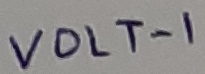
Text: VOLT-1